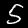
Label: 5